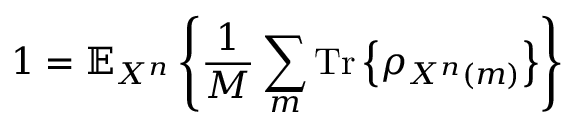
1 = \mathbb { E } _ { X ^ { n } } \left\{ { \frac { 1 } { M } } \sum _ { m } { \mathrm { T r } } \left\{ \rho _ { X ^ { n } \left( m \right) } \right\} \right\}